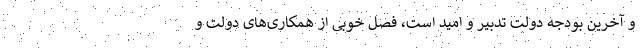
و آخرین بودجه دولت تدبیر و امید است، فصل خوبی از همکاری‌های دولت و